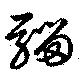
騮